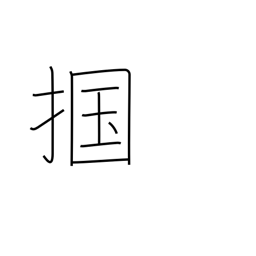
Meaning: seize